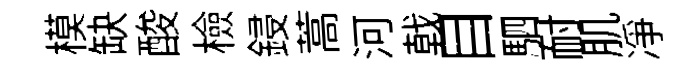
模缺酸檢鋟蒿河戟目駟耐肌凈